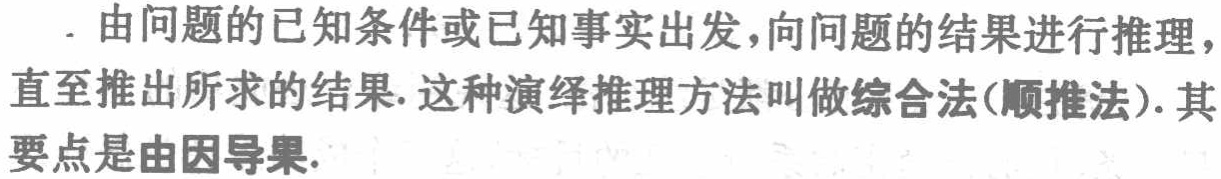
. 由问题的已知条件或已知事实出发，向问题的结果进行推理，直至推出所求的结果. 这种演绎推理方法叫做综合法(顺推法). 其要点是由因导果.